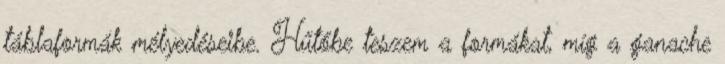
táblaformák mélyedéseibe. Hűtőbe teszem a formákat, míg a ganache